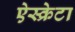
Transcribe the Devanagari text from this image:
ऐस्क्रेटा